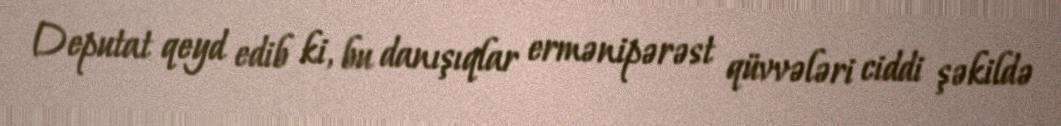
Deputat qeyd edib ki, bu danışıqlar ermənipərəst qüvvələri ciddi şəkildə